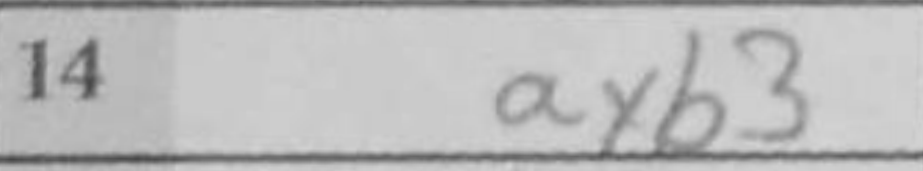
Transcription: axb3